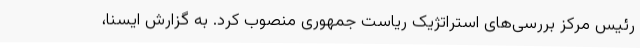
رئیس مرکز بررسی‌های استراتژیک ریاست جمهوری منصوب کرد. به گزارش ایسنا،‌